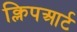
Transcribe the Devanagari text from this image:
क्लिपआर्ट